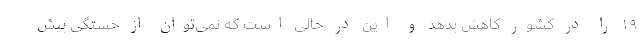
۱۹ را در کشور کاهش بدهد و این در حالی است که نمی‌توان از خستگی بیش